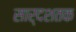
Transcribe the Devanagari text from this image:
सार्दशतक